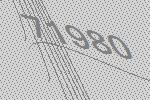
71980